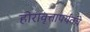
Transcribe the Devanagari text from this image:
होरावृत्तापर्यंतचे